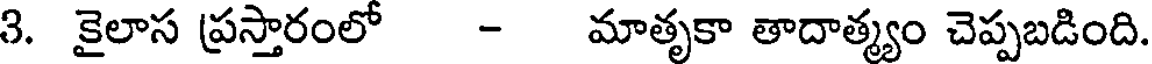
3. కైలాస ప్రస్తారంలో - మాతృకా తాదాత్మ్యం చెప్పబడింది.